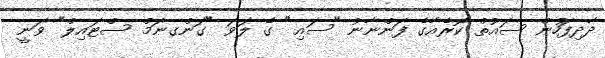
ދާދިފަހުން ސައުތް ކޮރެއާގެ ފަންނާނު "ސައި" ގެ ލަވަ "ގަންގނަމް ސްޓައިލް" ވަނީ